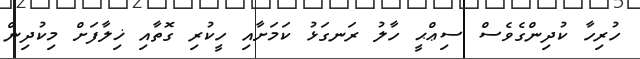
ހުރިހާ ކުދިންގެވެސް ސިޢްޙީ ހާލު ރަނގަޅު ކަމަށާއި ހީކުރި ގޮތާއި ޚިލާފަށް މިކުދިން